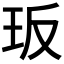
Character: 𭸸